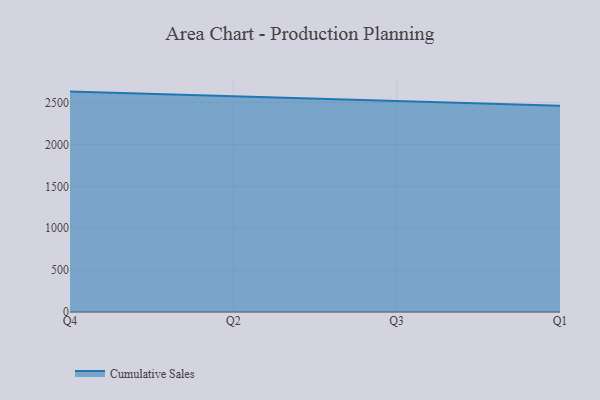
{"axis": {"x": "Quarter", "y": "Humidity (%)"}, "legend": ["Cumulative Sales"], "data": [{"x": "Q4", "y": 2631.2, "type": "Cumulative Sales"}, {"x": "Q2", "y": 2574.1, "type": "Cumulative Sales"}, {"x": "Q3", "y": 2524.6, "type": "Cumulative Sales"}, {"x": "Q1", "y": 2461.8, "type": "Cumulative Sales"}]}